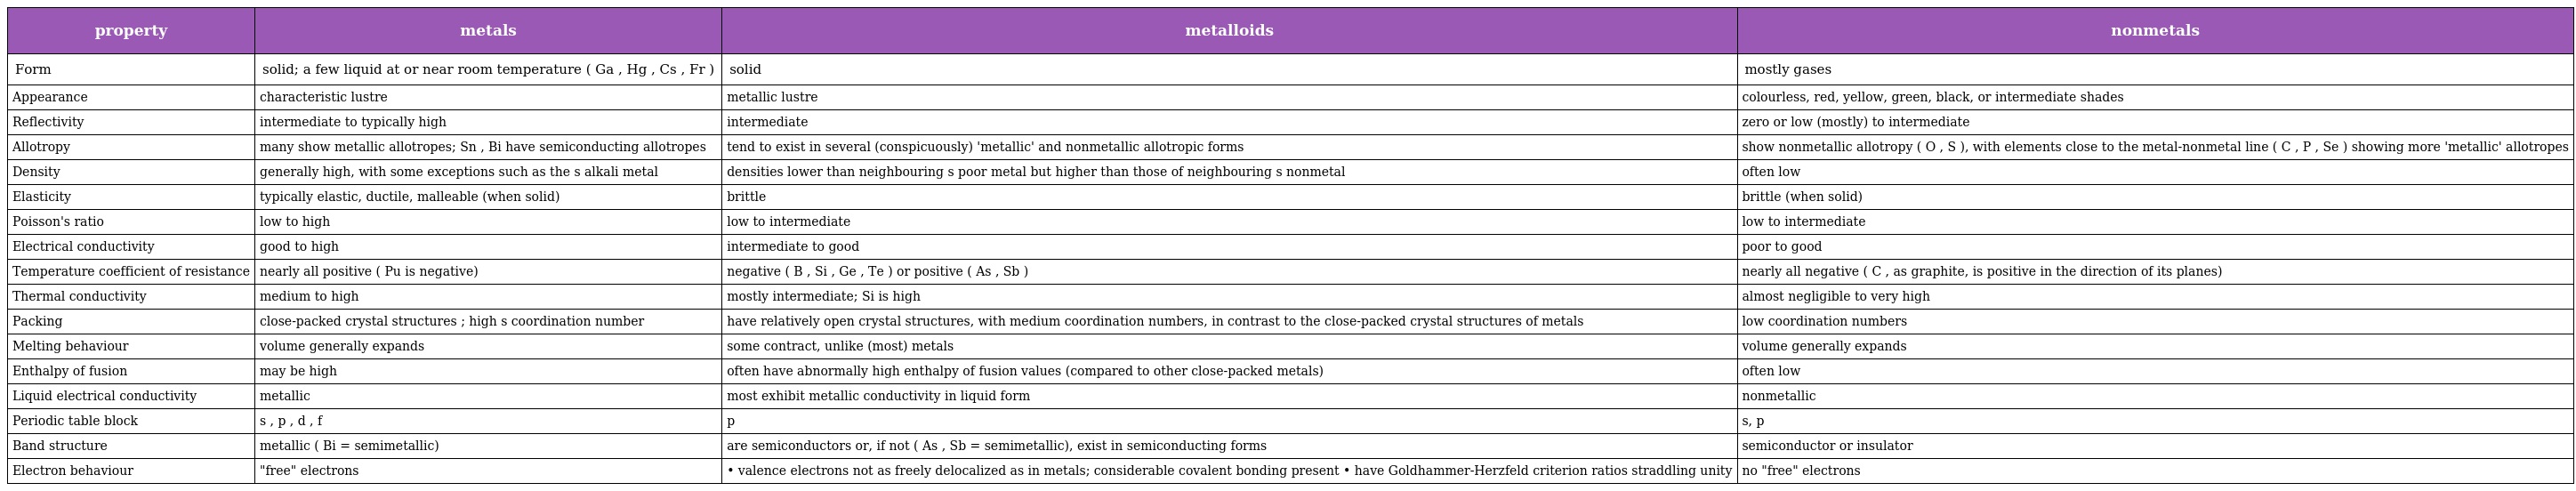
| property | metals | metalloids | nonmetals |
 | --- | --- | --- | --- |
 | Form | solid; a few liquid at or near room temperature ( Ga , Hg , Cs , Fr ) | solid | mostly gases |
 | Appearance | characteristic lustre | metallic lustre | colourless, red, yellow, green, black, or intermediate shades |
 | Reflectivity | intermediate to typically high | intermediate | zero or low (mostly) to intermediate |
 | Allotropy | many show metallic allotropes; Sn , Bi have semiconducting allotropes | tend to exist in several (conspicuously) 'metallic' and nonmetallic allotropic forms | show nonmetallic allotropy ( O , S ), with elements close to the metal-nonmetal line ( C , P , Se ) showing more 'metallic' allotropes |
 | Density | generally high, with some exceptions such as the s alkali metal | densities lower than neighbouring s poor metal but higher than those of neighbouring s nonmetal | often low |
 | Elasticity | typically elastic, ductile, malleable (when solid) | brittle | brittle (when solid) |
 | Poisson's ratio | low to high | low to intermediate | low to intermediate |
 | Electrical conductivity | good to high | intermediate to good | poor to good |
 | Temperature coefficient of resistance | nearly all positive ( Pu is negative) | negative ( B , Si , Ge , Te ) or positive ( As , Sb ) | nearly all negative ( C , as graphite, is positive in the direction of its planes) |
 | Thermal conductivity | medium to high | mostly intermediate; Si is high | almost negligible to very high |
 | Packing | close-packed crystal structures ; high s coordination number | have relatively open crystal structures, with medium coordination numbers, in contrast to the close-packed crystal structures of metals | low coordination numbers |
 | Melting behaviour | volume generally expands | some contract, unlike (most) metals | volume generally expands |
 | Enthalpy of fusion | may be high | often have abnormally high enthalpy of fusion values (compared to other close-packed metals) | often low |
 | Liquid electrical conductivity | metallic | most exhibit metallic conductivity in liquid form | nonmetallic |
 | Periodic table block | s , p , d , f | p | s, p |
 | Band structure | metallic ( Bi = semimetallic) | are semiconductors or, if not ( As , Sb = semimetallic), exist in semiconducting forms | semiconductor or insulator |
 | Electron behaviour | "free" electrons | • valence electrons not as freely delocalized as in metals; considerable covalent bonding present • have Goldhammer-Herzfeld criterion ratios straddling unity | no "free" electrons |